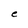
Character: e